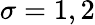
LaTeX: \sigma=1,2